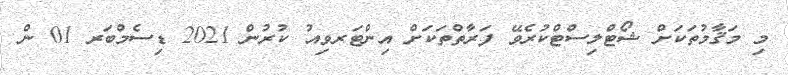
މި މަޤާމުތަކަށް ޝޯޓްލިސްޓްކުރެވޭ ފަރާތްތަކަށް އިންޓަރވިއު ކުރުން 2021 ޑިސެމްބަރ 01 ން